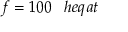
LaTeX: f = 1 0 0 \; \; \; h e q a t